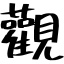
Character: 觀